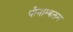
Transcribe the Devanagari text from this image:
पौनाम्बलम